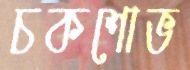
চকশোভ